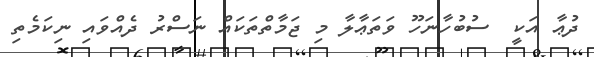
ދުޢާ އަކީ  ސުބުހާނަހޫ ވަތަޢާލާ މި ޖަމާތްތަކައް ނަސްރު ދެއްވައި ނިކަމެތި